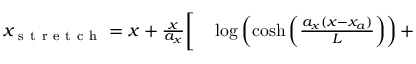
\begin{array} { r l } { x _ { \mathrm { ~ s ~ t ~ r ~ e ~ t ~ c ~ h ~ } } = x + \frac { x } { a _ { x } } { \bigg [ } } & { { } \log \left( \cosh \left( \frac { a _ { x } ( x - x _ { a } ) } { L } \right) \right) + } \end{array}